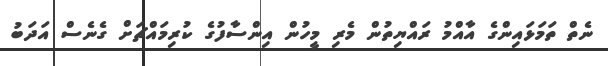
ނެތް ތަމަޅައިންގެ އާއްމު ރައްޔިތުން މެރި މީހުން އިންސާފުގެ ކުރިމައްޗަށް ގެނެސް އަދަބު